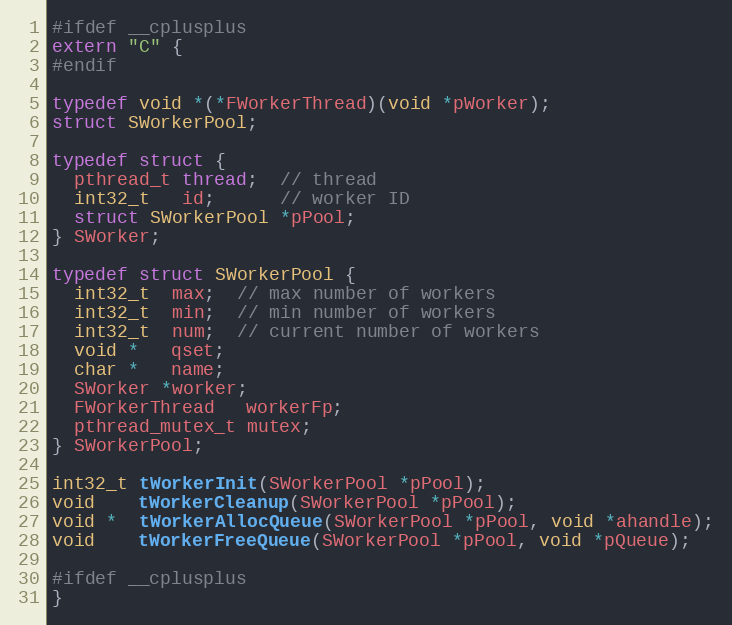
Language: C
#ifdef __cplusplus
extern "C" {
#endif

typedef void *(*FWorkerThread)(void *pWorker);
struct SWorkerPool;

typedef struct {
  pthread_t thread;  // thread
  int32_t   id;      // worker ID
  struct SWorkerPool *pPool;
} SWorker;

typedef struct SWorkerPool {
  int32_t  max;  // max number of workers
  int32_t  min;  // min number of workers
  int32_t  num;  // current number of workers
  void *   qset;
  char *   name;
  SWorker *worker;
  FWorkerThread   workerFp;
  pthread_mutex_t mutex;
} SWorkerPool;

int32_t tWorkerInit(SWorkerPool *pPool);
void    tWorkerCleanup(SWorkerPool *pPool);
void *  tWorkerAllocQueue(SWorkerPool *pPool, void *ahandle);
void    tWorkerFreeQueue(SWorkerPool *pPool, void *pQueue);

#ifdef __cplusplus
}